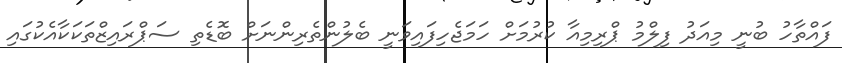
ފައްތާހު ބުނީ މިއަދު ފިލްމު ޕްރިމިއާ ކުރުމަށް ހަމަޖެހިފައިވަނީ ބެލުންތެރިންނަށް ބޮޑެތި ސަޕްރައިޒްތަކަކާއެކުގައި